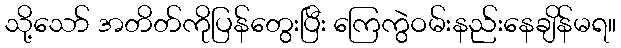
သို့သော် အတိတ်ကိုပြန်တွေးပြီး ကြေကွဲဝမ်းနည်းနေချိန်မရ။